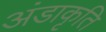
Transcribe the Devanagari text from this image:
अंडाकृति